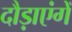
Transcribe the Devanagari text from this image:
दौड़ाएंगें